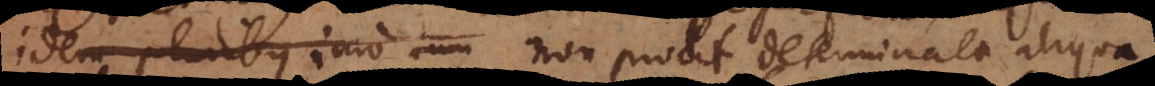
idem pluribus imo non prodit determinata aliqua